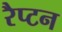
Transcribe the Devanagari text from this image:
रैप्टन